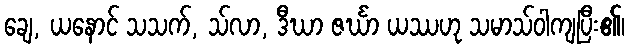
ချေ, ယနောင် သသက်, သ်လာ, ဒီဃာ ဇင်္ဃာ ယဿဟု သမာသ်ဝါကျပြီး၏၊